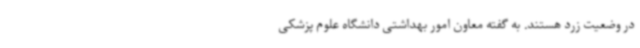
در وضعیت زرد هستند. به گفته معاون امور بهداشتی دانشگاه علوم پزشکی